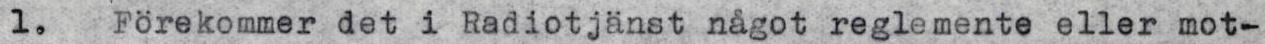
1. Förekommer det i Radiotjänst något reglemente eller mot-